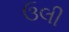
ઉલી